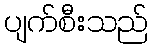
ပျက်စီးသည်